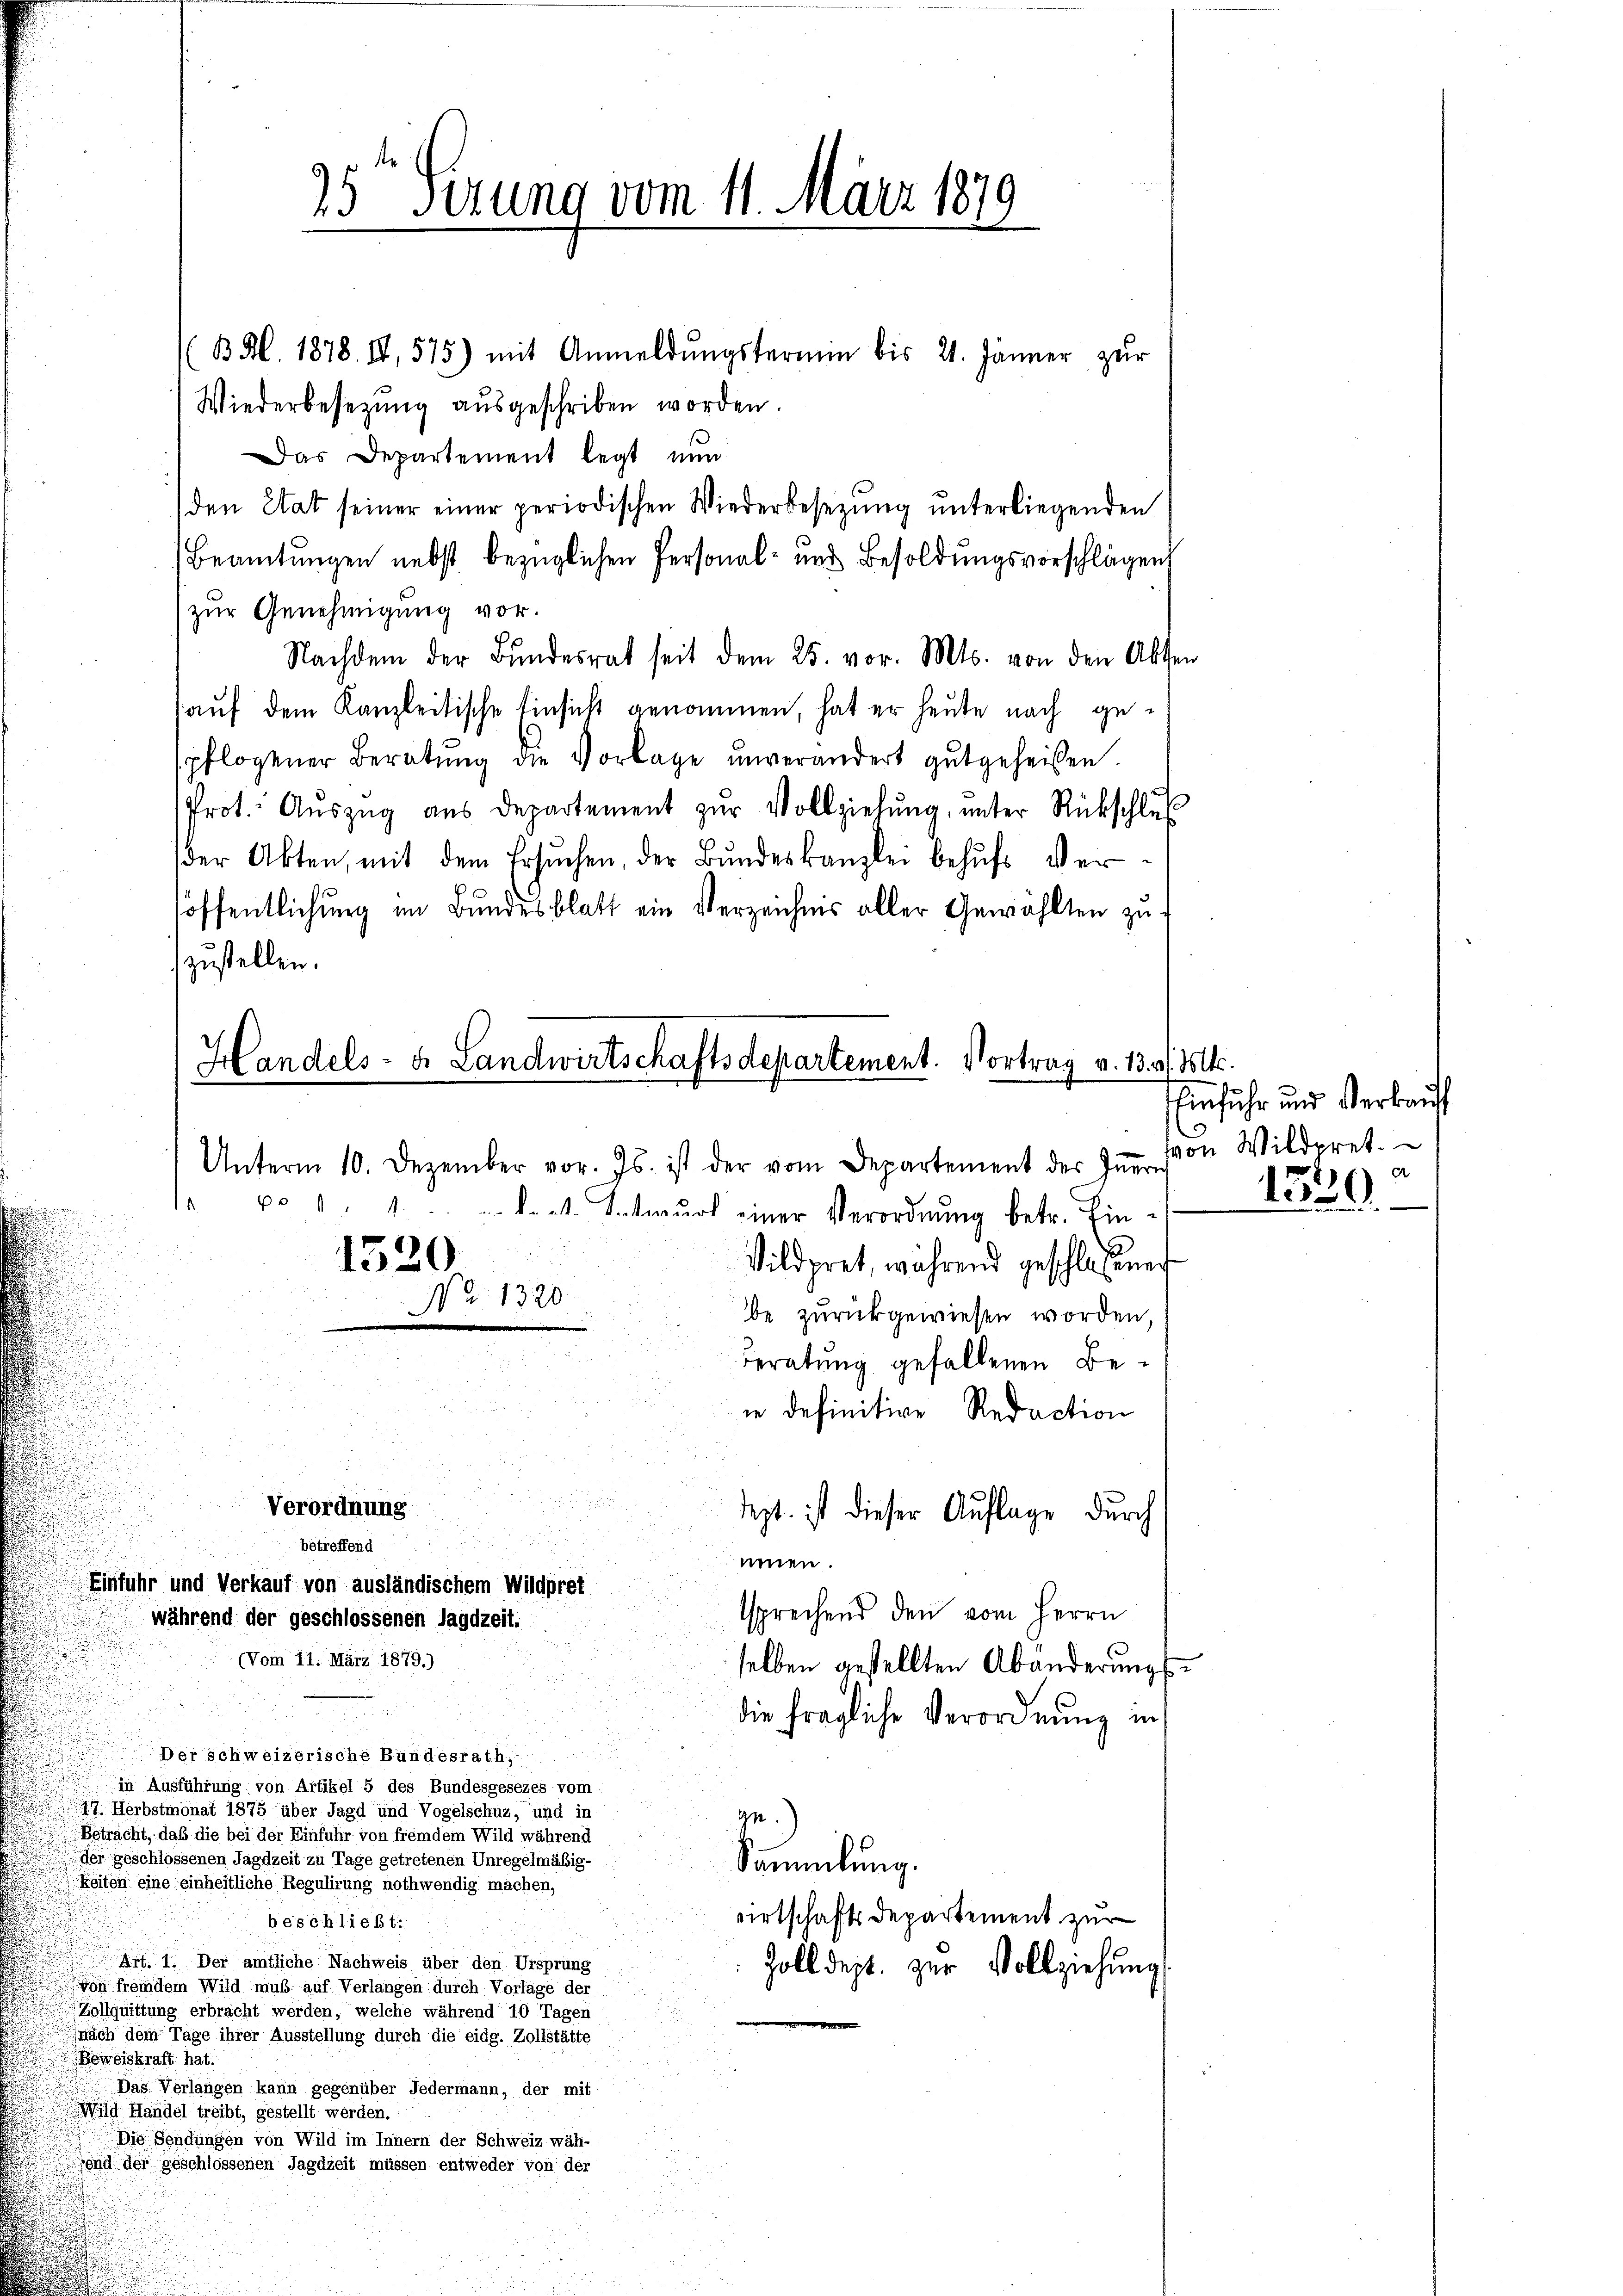
(B. Al. 1878. II, 575) mit Anmeldŭngstermin bis 21. Jänner zur
Wiederbesezung aŭsgeschriben worden.
Das Departement legt nun
den Etat seiner einer periodischen Wiederbesezung unterliegenden
Beamtungen nebst bezüglichen Personal- und Besoldungsvorschlägen
zur Genehmigung vor.
Nachdem der Bŭndesrat seit dem 25. vor. Mts. von den Akte
auf dem Kanzleitische Einsicht genommen, hat er heute nach gepflogener Beratŭng die Vorlage unverändert gutgeheißen.
Prot. Aŭszŭg aŭs departement zŭr Vollziehung, unter Rückschluß
der Akten, mit dem Ersŭchen, der Bŭndeskanzlei behŭfs Verlöffentlichung im Bundesblatt ein Verzeichnis aller Gewählten zu d
zustellen.
Vildpret, während geschloßenen
be zurückgewiesen worden,
Beratung gefallenen Beie definitive Redaction
d
u
Verordnung
dept. ist dieser Auflage durch
betreffend
mnen.
Einfuhr und Verkauf von ausländischem Wildpret
ssprechend den vom Herrn
während der geschlossenen Jagdzeit.
(Vom 11. März 1879.)
selben gestellten Abänderungs
die fragliche Verordnung in
Der schweizerische Bundesrath,
in Ausführung von Artikel 5 des Bundesgesezes vom
 Herbstmonat 1875 über Jagd und Vogelschuz, und in
ge.
Betracht, daß die bei der Einfuhr von fremdem Wild während
der geschlossenen Jagdzeit zu Tage getretenen Unregelmäßig¬
Sammlung.
Reiten eine einheitliche Regulirung nothwendig machen,
wirtschafts Departement zur
beschließt:
Art. 1. Der amtliche Nachweis über den Ursprung
Zolldept. zur Vollziehung
von fremdem Wild muß auf Verlangen durch Vorlage der
Zollquittung erbracht werden, welche während 10 Tagen
nach dem Tage ihrer Ausstellung durch die eidg. Zollstätte
Beweiskraft hat.
Das Verlangen kann gegenüber Jedermann, der mit
Wild Handel treibt, gestellt werden.
Die Sendungen von Wild im Innern der Schweiz wäh-
sind der geschlossenen Jagdzeit müssen entweder von der

25t Firung vom 11. März 1879

Handels- u. Landwirtschaftsdepartement. Vortrag v. 13. d. Mts.
Unterm 10. Dezember vor. Js. ist der vom Departement des Iṅern
xo . . . . . et. Entwŭrf einer Verordnŭng betr. Ein-

1520

No 1320.

e

Einfuhr und Verkauf
von Wildpret.
A

e

1539